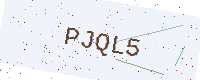
Text: PJQL5